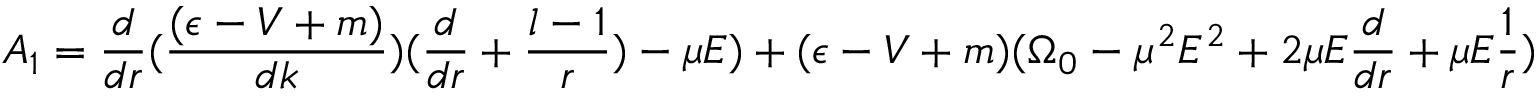
A _ { 1 } = \frac { d } { d r } ( \frac { ( \epsilon - V + m ) } { d k } ) ( \frac { d } { d r } + \frac { l - 1 } { r } ) - \mu E ) + ( \epsilon - V + m ) ( \Omega _ { 0 } - \mu ^ { 2 } E ^ { 2 } + 2 \mu E \frac { d } { d r } + \mu E \frac { 1 } { r } )